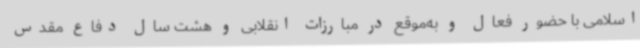
اسلامی با حضور فعال و به‌موقع در مبارزات انقلابی و هشت سال دفاع مقدس